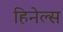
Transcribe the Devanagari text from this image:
हिनेल्स